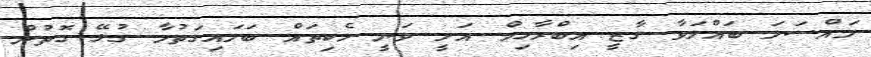
މައްސަލަ ބައްލަވާ ގާޒީ އިބްރާހިމް އަލީ ވަނީ ހެކިތައް ބަލައިގަތުމާ ގުޅޭ ގޮތުން